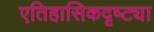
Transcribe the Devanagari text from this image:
एतिहासिकदृष्ट्या